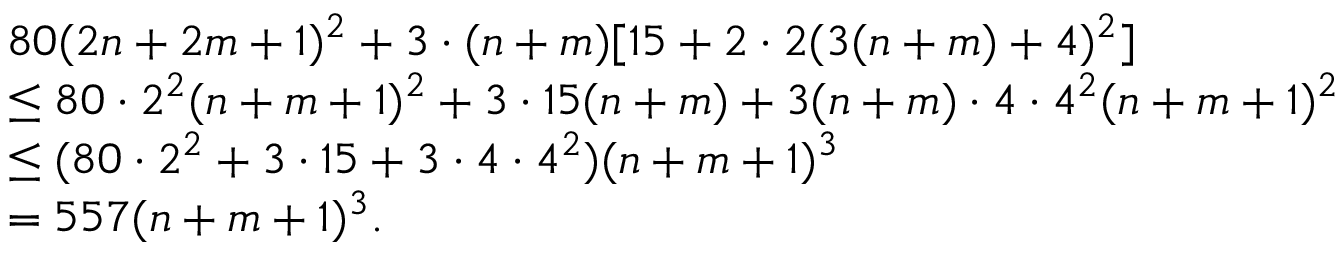
\begin{array} { r l } & { 8 0 ( 2 n + 2 m + 1 ) ^ { 2 } + 3 \cdot ( n + m ) [ 1 5 + 2 \cdot 2 ( 3 ( n + m ) + 4 ) ^ { 2 } ] } \\ & { \leq 8 0 \cdot 2 ^ { 2 } ( n + m + 1 ) ^ { 2 } + 3 \cdot 1 5 ( n + m ) + 3 ( n + m ) \cdot 4 \cdot 4 ^ { 2 } ( n + m + 1 ) ^ { 2 } } \\ & { \leq ( 8 0 \cdot 2 ^ { 2 } + 3 \cdot 1 5 + 3 \cdot 4 \cdot 4 ^ { 2 } ) ( n + m + 1 ) ^ { 3 } } \\ & { = 5 5 7 ( n + m + 1 ) ^ { 3 } . } \end{array}